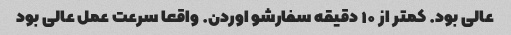
عالی بود. کمتر از ۱۰ دقیقه سفارشو اوردن. واقعا سرعت عمل عالی بود